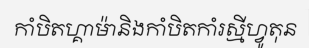
កាំបិតហ្គាម៉ានិងកាំបិតកាំរស្មីហ្វូតុន